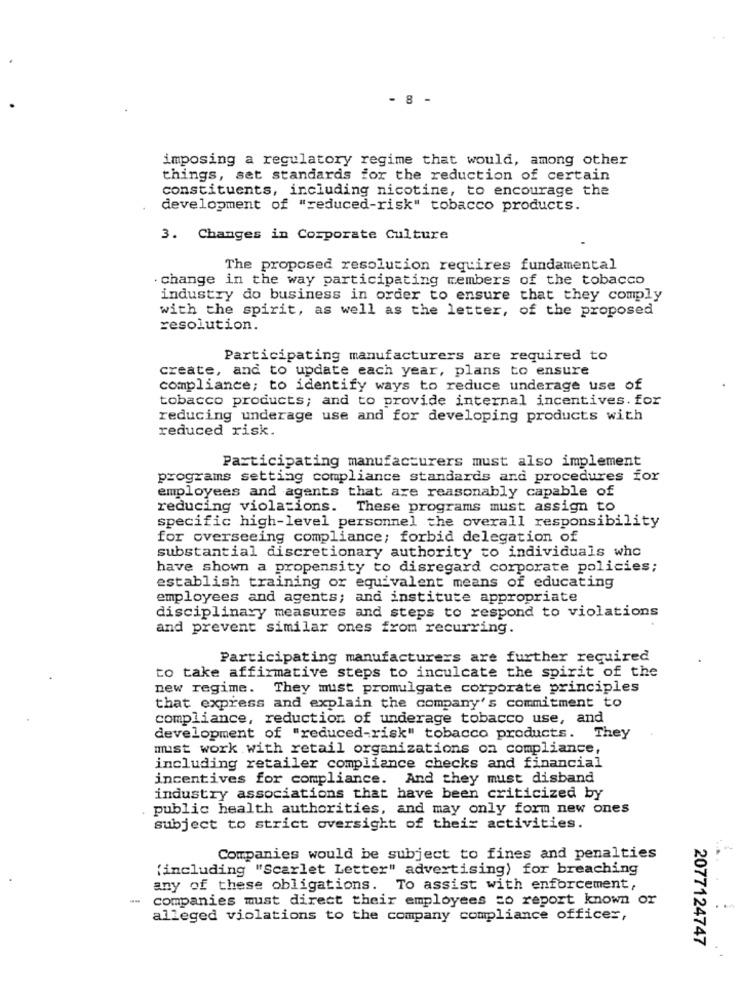
- 8 -
imposing a regulatory regime that would, among other
things, set standards for the reduction of certain
constituents, including nicotine, to encourage the
development of "reduced-risk" tobacco products.
3. Changes in Corporate Culture
The proposed resolution requires fundamental
change in the way participating members of the tobacco
industry do business in order to ensure that they comply
with the spirit, as well as the letter, of the proposed
resolution.
Participating manufacturers are required to
create, and to update each year, plans to ensure
compliance; to identify ways to reduce underage use of
tobacco products; and to provide internal incentives. for
reducing underage use and for developing products with
reduced risk.
Participating manufacturers must also implement
programs setting compliance standards and procedures for
employees and agents that are reasonably capable of
reducing violations.
These programs must assign to
specific high-level personnel the overall responsibility
for overseeing compliance; forbid delegation of
substantial discretionary authority to individuals who
have shown a propensity to disregard corporate policies;
establish training or equivalent means of educating
employees and agents; and institute appropriate
disciplinary measures and steps to respond to violations
and prevent similar ones from recurring.
Participating manufacturers are further required
to take affirmative steps to inculcate the spirit of the
new regime. They must promulgate corporate principles
that express and explain the company's commitment to
compliance, reduction of underage tobacco use, and
development of "reduced-risk" tobacco products. They
must work with retail organizations on compliance,
including retailer compliance checks and financial
incentives for compliance. And they must disband
industry associations that have been criticized by
public health authorities, and may only form new ones
subject to strict oversight of their activities.
Companies would be subject to fines and penalties
(including "Scarlet Letter" advertising) for breaching
any of these obligations. To assist with enforcement,
-
companies must direct their employees zo report known or
alleged violations to the company compliance officer,
2077124747